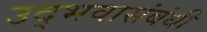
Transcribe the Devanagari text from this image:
उद्भवासंबंधी